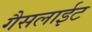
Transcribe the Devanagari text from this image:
गैसलाईट